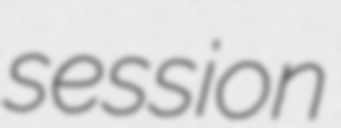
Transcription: session